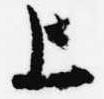
上